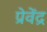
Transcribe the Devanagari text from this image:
प्रेवेंद्र